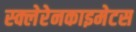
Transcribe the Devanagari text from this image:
स्क्लेरेनकाइमेटस